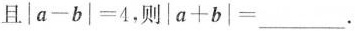
且 \left | a-b \right | =4，则 \left | a+b \right | |=___.